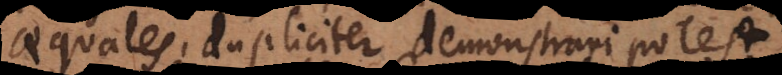
aequales, dupliciter demonstrari potest,